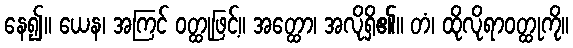
နေ၍။ ယေန၊ အကြင် ဝတ္ထုဖြင့်။ အတ္ထော၊ အလိုရှိ၏။ တံ၊ ထိုလိုရာဝတ္ထုကို။